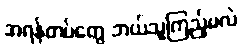
အရန်တပ်တွေ ဘယ်သူကြည့်မလဲ